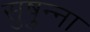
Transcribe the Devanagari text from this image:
सुषुन्ना